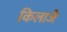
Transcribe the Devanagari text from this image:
किलाजे